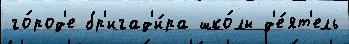
го́род'е бр'игад'и́ра шко́лы д'е́ят'ель